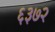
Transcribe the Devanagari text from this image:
६३७२